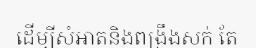
ដើម្បីសំអាតនិងពង្រឹងសក់ តែ